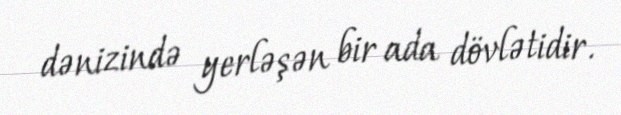
dənizində yerləşən bir ada dövlətidir.